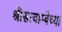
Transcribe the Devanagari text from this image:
श्रीसत्याम्बेच्या